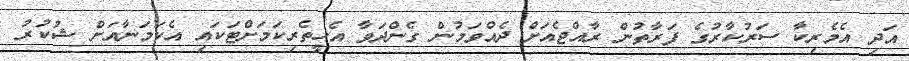
އަދި އެމެރިކާ ސަރުކާރުގެ ފަރާތުން ރާއްޖެއަށް ދެއްވަމުން ގެންދަވާ އެހީތެރިކަމަށްޓަކައި އެކަމަނާއަށް ޝުކުރު